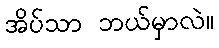
အိပ်သာ ဘယ်မှာလဲ။